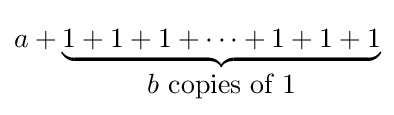
a+\underbrace {1+1+1+\cdots +1+1+1} _{\displaystyle b{\mbox{ copies of 1}}}